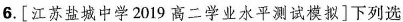
6.[江苏盐城中学2019高二学业水平测试模拟]下列选